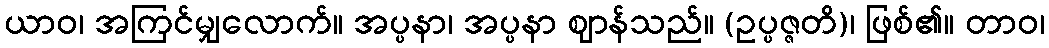
ယာဝ၊ အကြင်မျှလောက်။ အပ္ပနာ၊ အပ္ပနာ ဈာန်သည်။ (ဥပ္ပဇ္ဇတိ)၊ ဖြစ်၏။ တာဝ၊